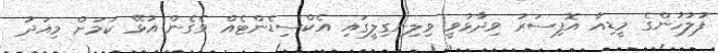
ފުލުހުންގެ މީޑިއާ އޮފިސަރު ވިދާޅުވީ ވިލިނގިލީގައި އެކްސިޑެންޓެއް ވެގެން އުޅޭ ކަމަށް މިއަދު